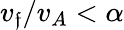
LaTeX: v_{\mathfrak{f}}/v_{A}<\alpha